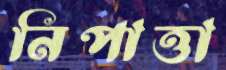
নিপাত্তা